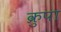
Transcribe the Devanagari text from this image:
क्रुपा